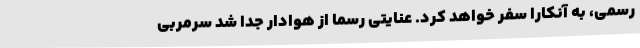
رسمی، به آنکارا سفر خواهد کرد. عنایتی رسما از هوادار جدا شد سرمربی‌